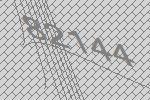
82144